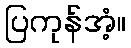
ပြကုန်အံ့။